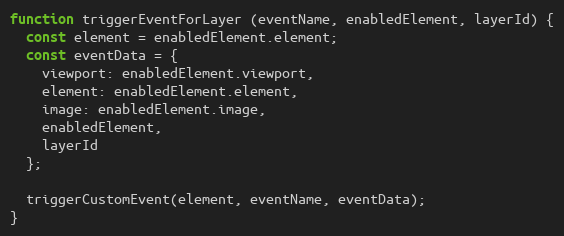
Language: JavaScript
function triggerEventForLayer (eventName, enabledElement, layerId) {
  const element = enabledElement.element;
  const eventData = {
    viewport: enabledElement.viewport,
    element: enabledElement.element,
    image: enabledElement.image,
    enabledElement,
    layerId
  };

  triggerCustomEvent(element, eventName, eventData);
}